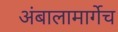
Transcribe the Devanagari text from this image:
अंबालामार्गेच